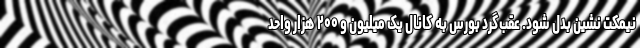
نیمکت نشین بدل شود. عقب‌گرد بورس به کانال یک میلیون و ۲۰۰ هزار واحد